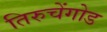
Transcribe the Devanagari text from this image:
तिरुचेंगोड